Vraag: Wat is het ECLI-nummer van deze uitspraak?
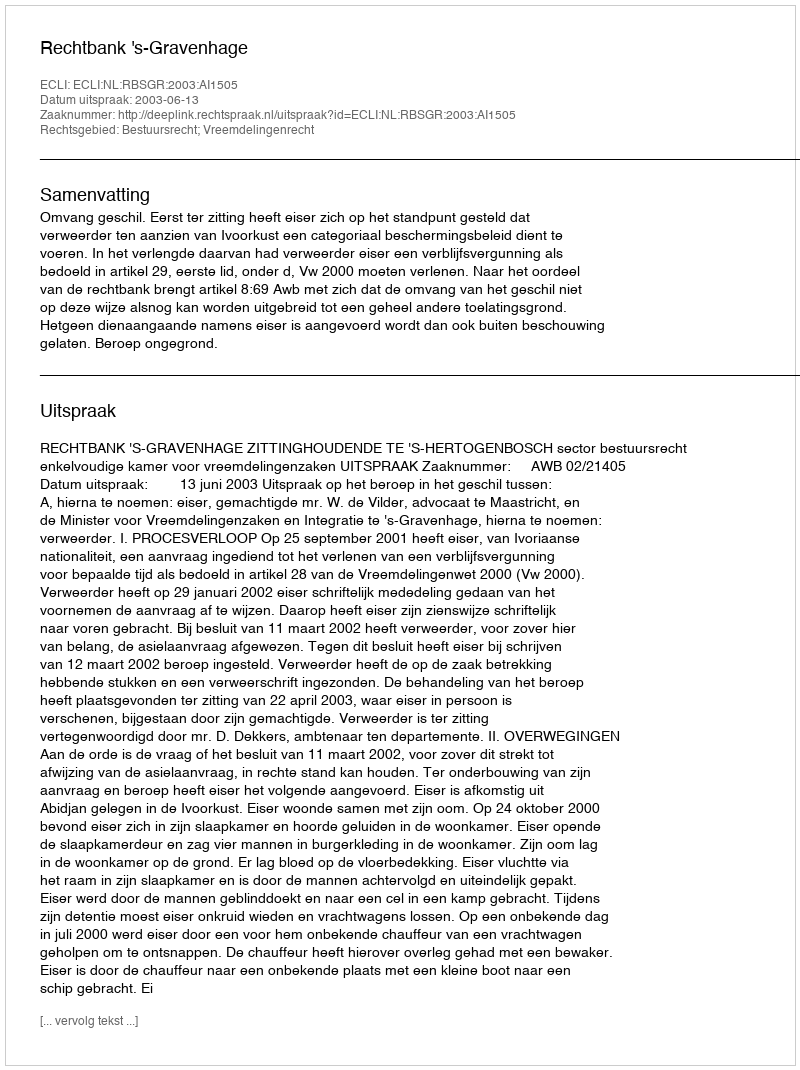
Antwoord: ECLI:NL:RBSGR:2003:AI1505